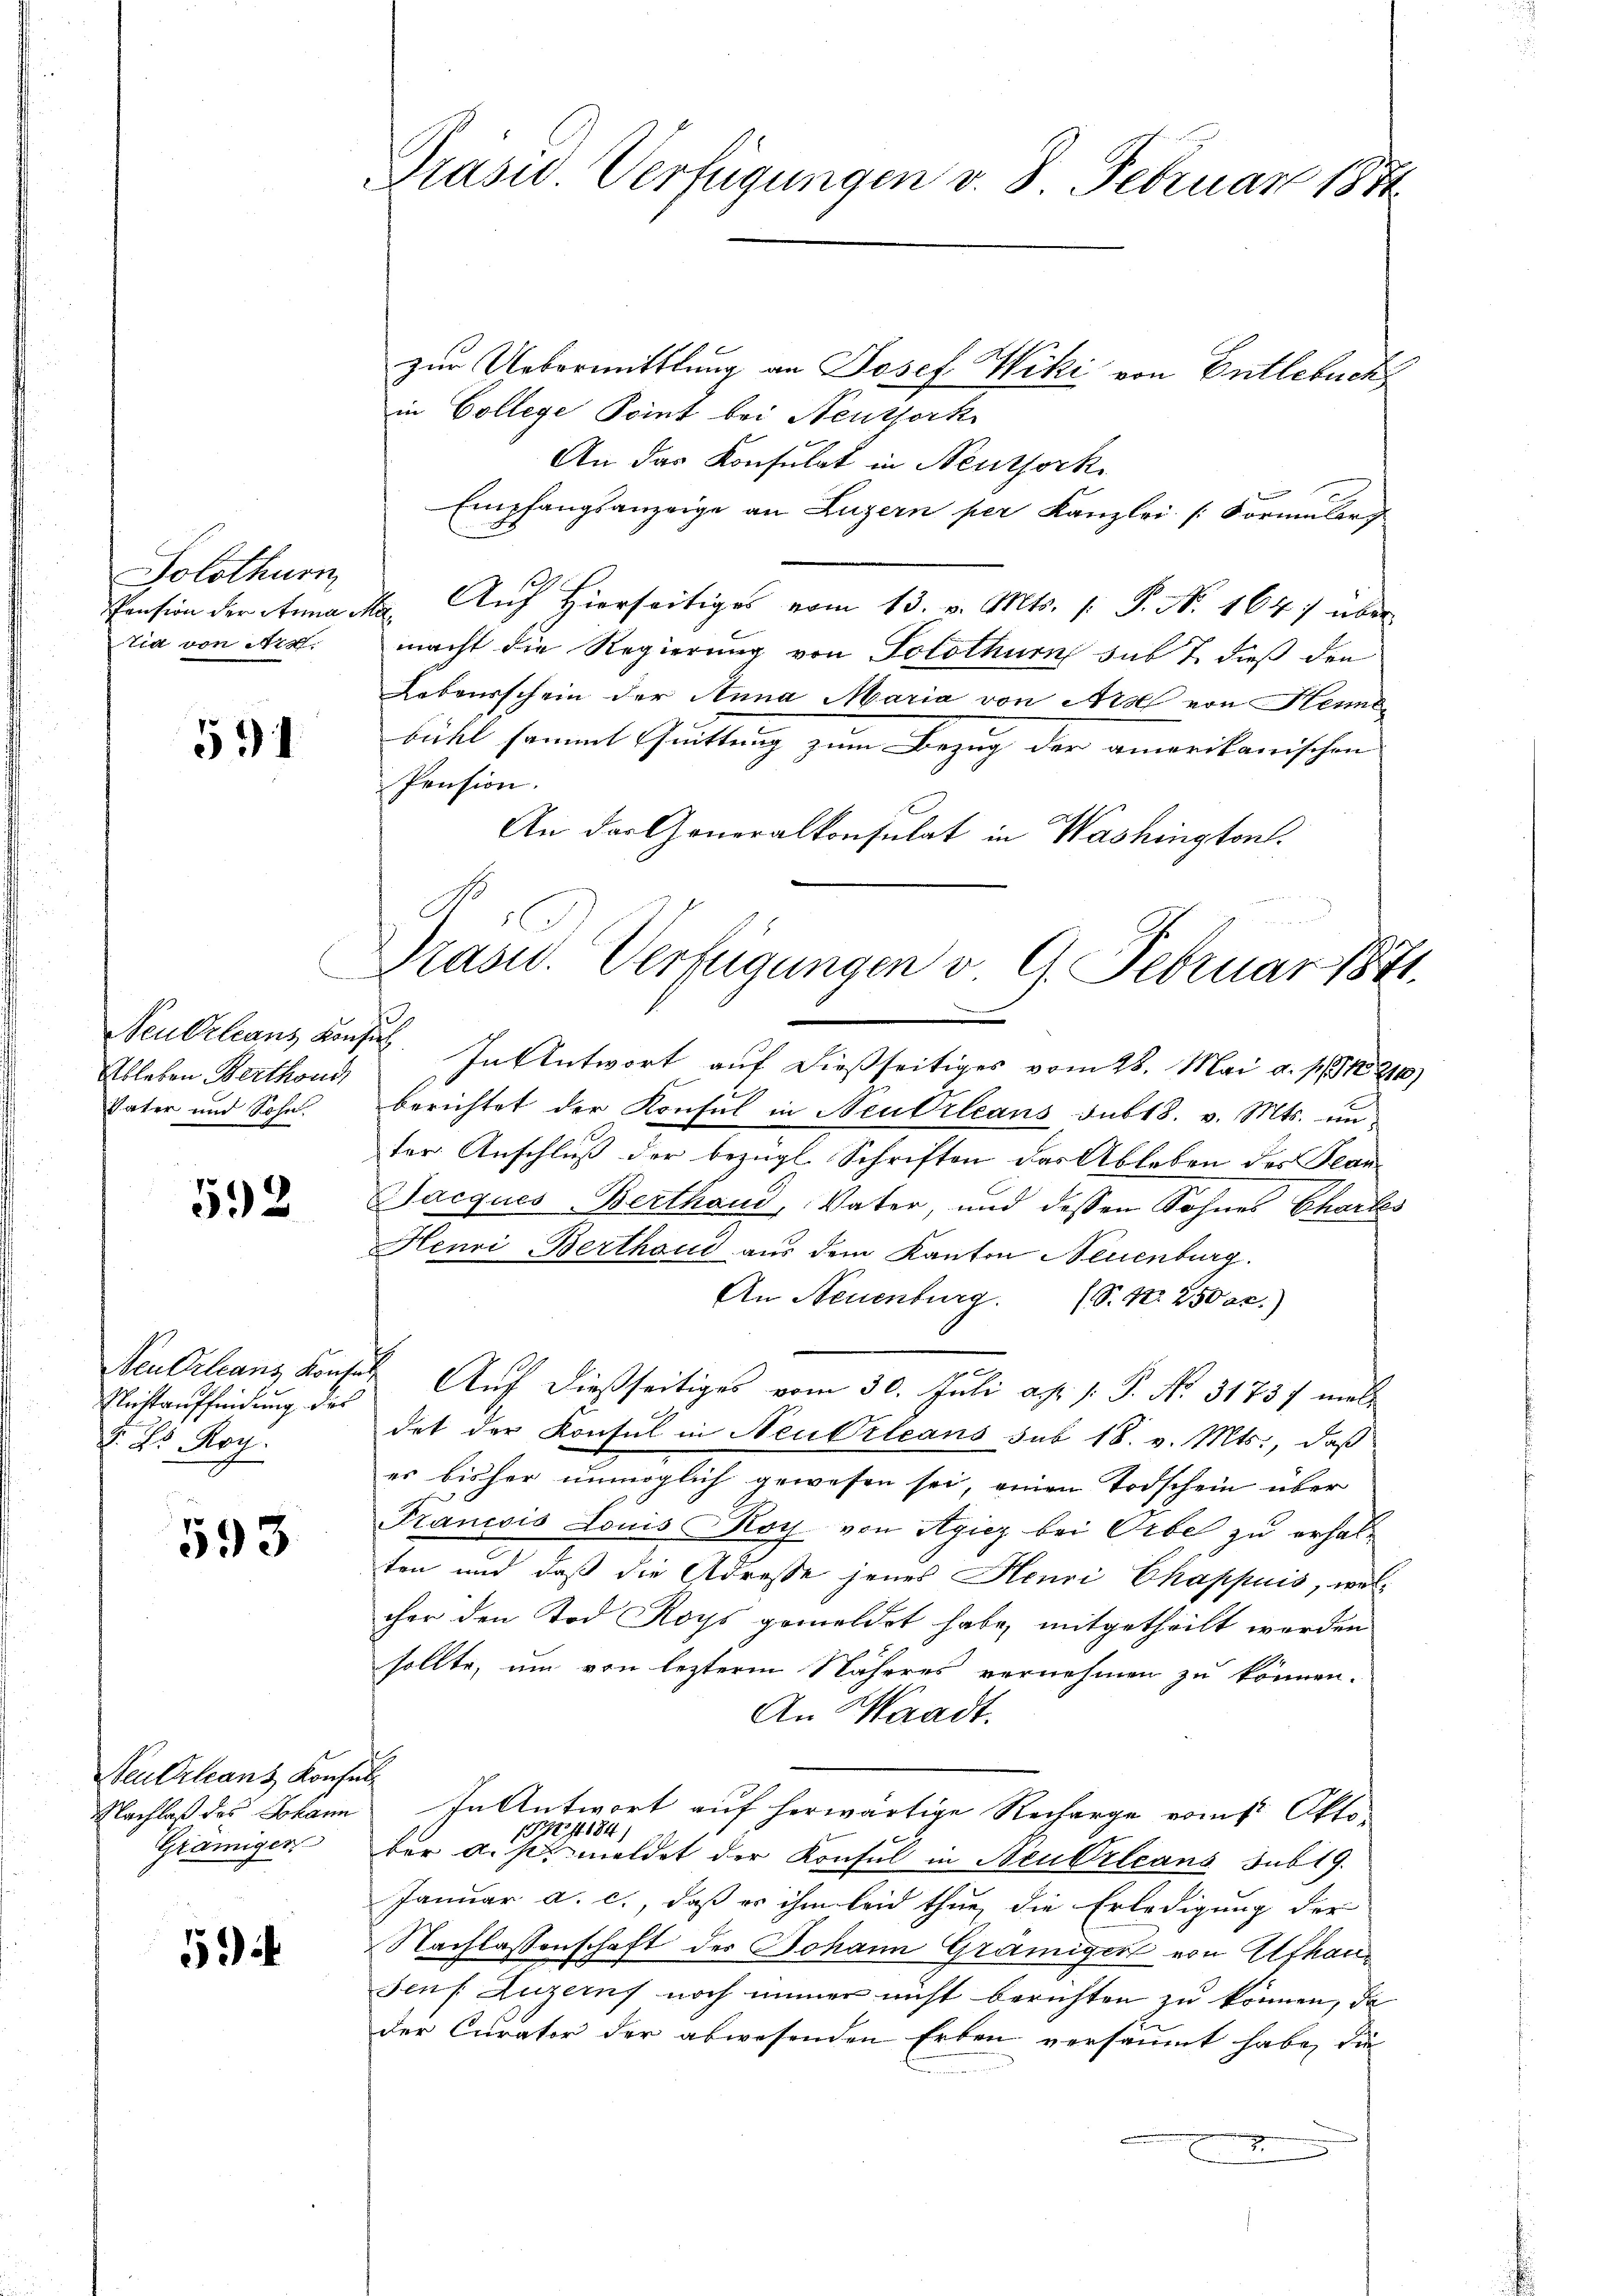
Solothurn
Pension der Anna
tia von Art.

591

Ableben Berthond
Vater und Sohn

592

Flichtauffindung des
§. 25 Roy.

593

Neutrleans Konsen
Nachlaß des Johann
Grämiger

5

Präsid. Verfügungen v. 8. Februar 1874

zur Uebermittlung an Josef Wiki von Entlebuch
in College Point bei Neuthork
An das Konsulat in Neuthork
Empfangsanzeige an Luzern per Kanzlei Formularg
Aŭf Hierseitiges vom 13. v. Mts. /: P. Nr. 164 über
1
macht die Regierung von Solothurn sub 7 dieß den
Lebensschein der Anna Maria von Arse von Henne
bühl sammt Quittung zum Bezug der amerikanischen
Pension.
An der Generalkonsulat in Washington
Neubelcans Konsil. In Antwort auf dießseitiges vom 28. Mai a. p. 1216)
berichtet der Konsul in Neu Orleans subt8. v. Mts. un-
fer Anschluß der bezügl. Schriften das Ableben des Plan¬
Jacques-Berthand, Vater, und dessen Sohnes Chartes
Henri Berthoud aus dem Kanton Neuenburg.
An Neuenburg (S. Nr. 2500x.)
.
Neuchlanz Konsen Auf dießseitiges vom 30. Juli a.h. 1. P. No. 31731 mal
det der Konsul in Neu Orleans sub 18. v. Mts., daß
es bisher unmöglich gewesen sei, einen Todschein über
Francois Louis Roy von Agicz bei Orbe zu erhalten und daß die Adresse jenes Henri Chappuis, wos
cher den Tod Roys gemeldet habe, mitgetheilt werden
sollte, um von lezterm Näheres vernehmen zu können.
An Waadt.
In Antwort auf herwärtige Recharge vom 1t Okto¬
1322 f 184)
ber dis meldet der Konsul in Neubrleans sub 19.
Januar a. c., daß er ihm leid thue, die Erledigung der
Nachlassenschaft der Johann Gramiger von Afhan
Jouf Luzerns noch immer nicht berichten zu können, da
der Curator der abwesenden Erben versäumt habe, die
e
e

1

Präsid.. Verfügungen v. 9. Februar 1871.